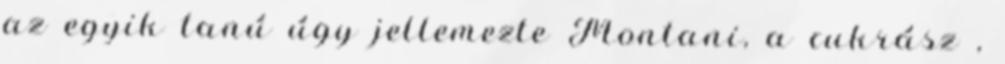
az egyik tanú úgy jellemezte Montani, a cukrász ,